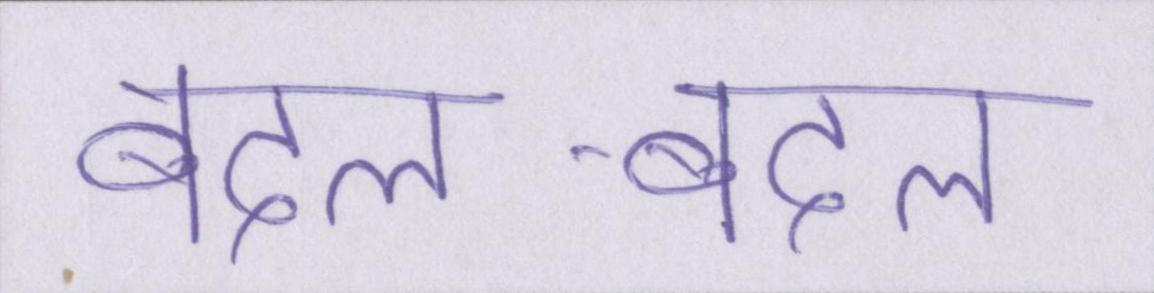
बदल-बदल